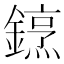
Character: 䥋